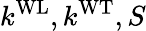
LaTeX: k^{\mathrm{WL}},k^{\mathrm{WT}},S